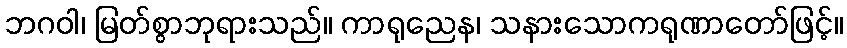
ဘဂဝါ၊ မြတ်စွာဘုရားသည်။ ကာရုညေန၊ သနားသောကရုဏာတော်ဖြင့်။